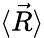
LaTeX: \langle{\vec{R}}\rangle